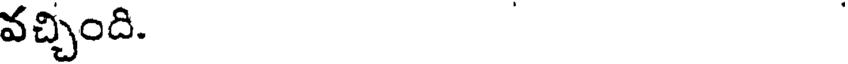
వచ్చింది.